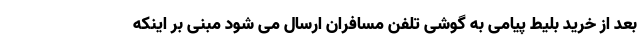
بعد از خرید بلیط پیامی به گوشی تلفن مسافران ارسال می شود مبنی بر اینکه